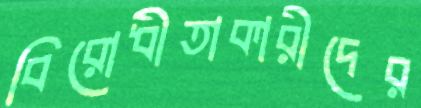
বিরোধীতাকারীদের